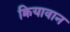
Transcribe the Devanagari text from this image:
क्रियावान